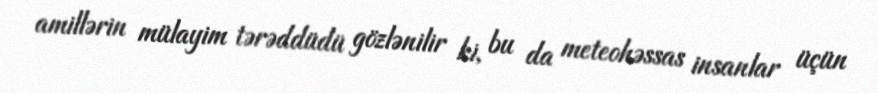
amillərin mülayim tərəddüdü gözlənilir ki, bu da meteohəssas insanlar üçün